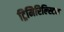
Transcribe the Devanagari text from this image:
ट्रिमिरिल्स्टिन